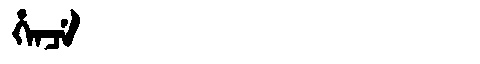
Manchu: ᡥᡝᠨᠴᡝ
Romanization: HENCE